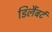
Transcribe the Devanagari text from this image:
डिलैंबर्ट